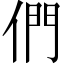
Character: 們